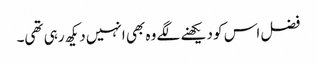
فضل اس کو دیکھنے لگے وہ بھی انہیں دیکھ رہی تھی۔